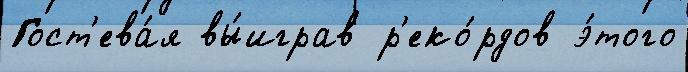
Гост'ева́я вы́играв р'еко́рдов э́того